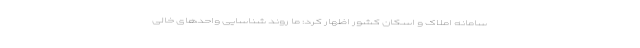
سامانه املاک و اسکان کشور اظهار کرد: ما روند شناسایی واحدهای خالی